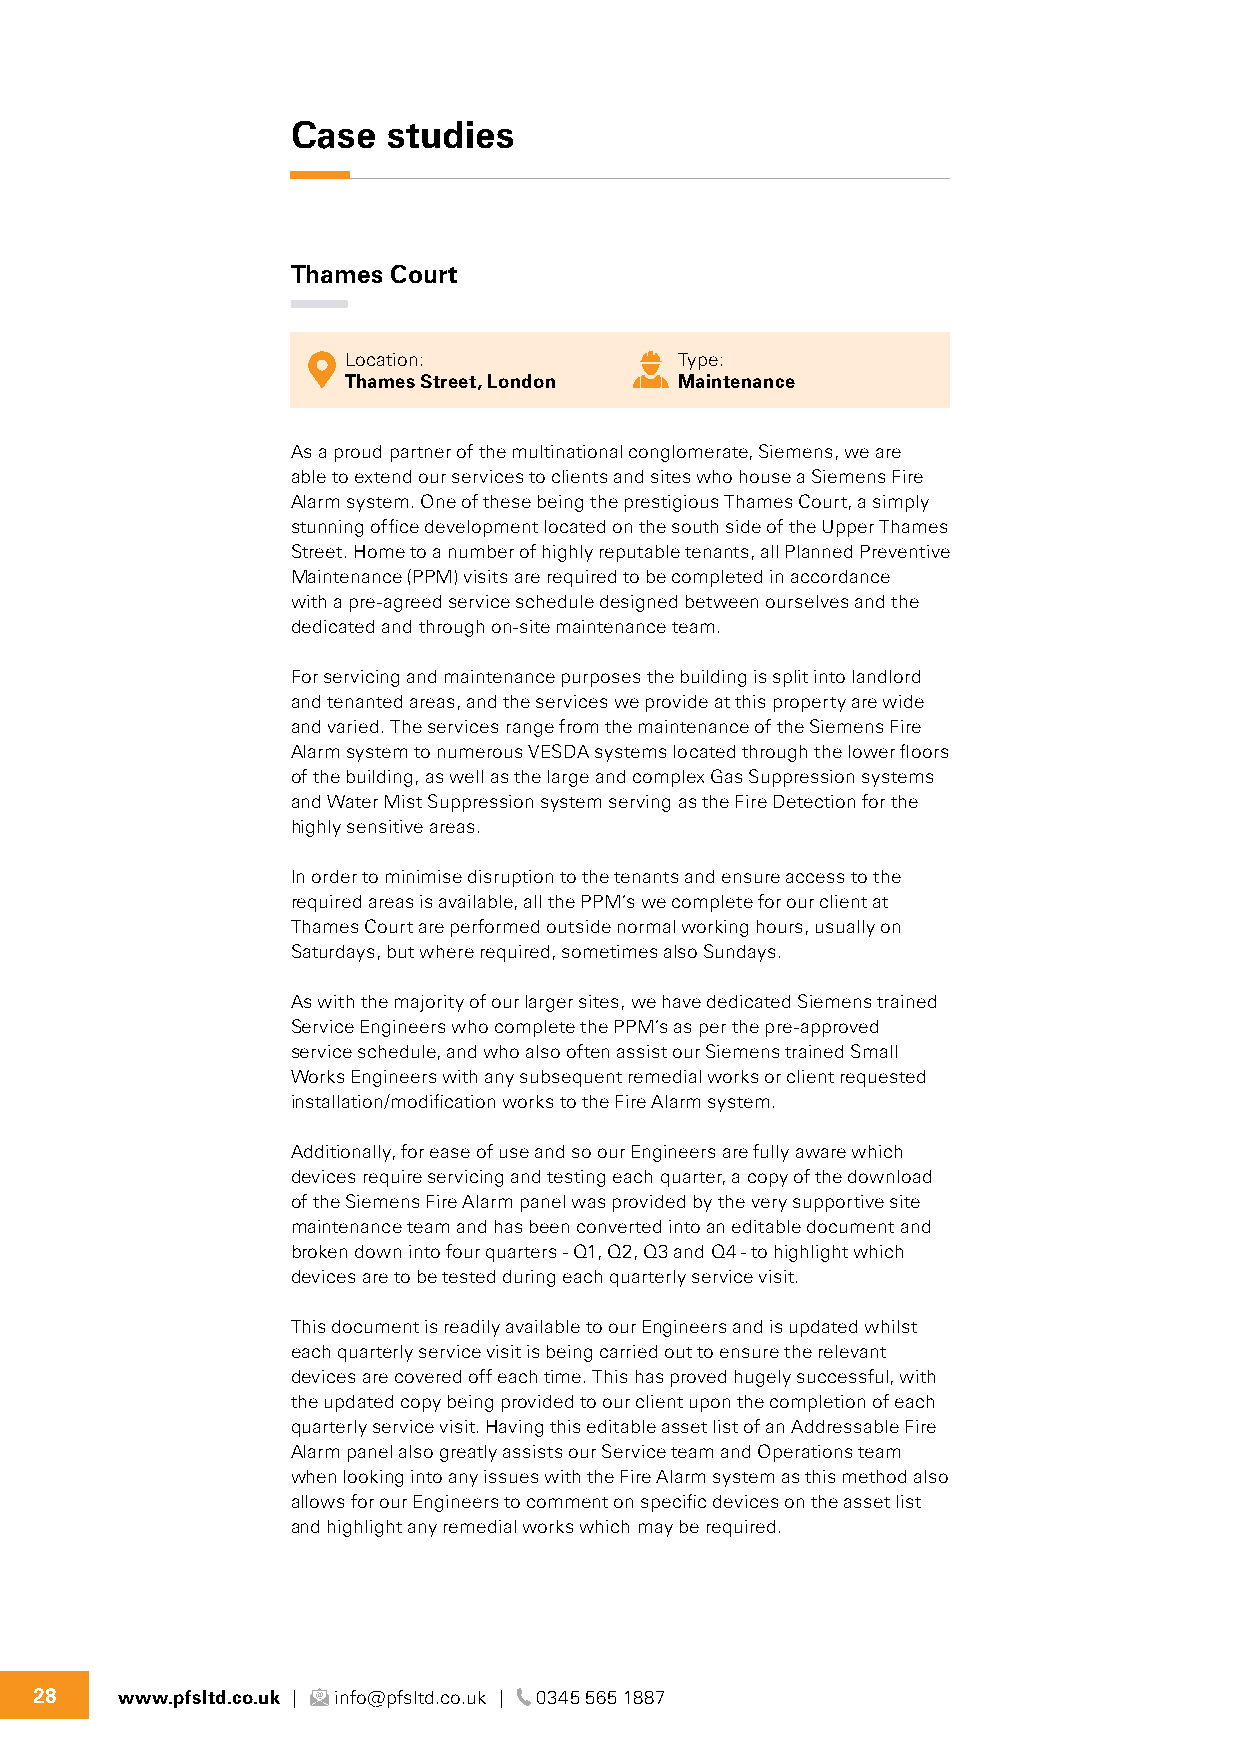
Case   studies
 Thames Court
 Location:             Type:
 Thames Street, London Maintenance
 As a proud partner of the multinational conglomerate, Siemens, we are
 able to extend our services to clients and sites who house a Siemens Fire
 Alarm system. One of these being the prestigious Thames Court, a simply
 stunning office development located on the south side of the Upper Thames
 Street. Home to a number of highly reputable tenants, all Planned Preventive
 Maintenance (PPM) visits are required to be completed in accordance
 with a pre-agreed service schedule designed between ourselves and the
 dedicated and through on-site maintenance team.
 For servicing and maintenance purposes the building is split into landlord
 and tenanted areas, and the services we provide at this property are wide
 and varied. The services range from the maintenance of the Siemens Fire
 Alarm system to numerous VESDA systems located through the lower floors
 of the building, as well as the large and complex Gas Suppression systems
 and Water Mist Suppression system serving as the Fire Detection for the
 highly sensitive areas.
 In order to minimise disruption to the tenants and ensure access to the
 required areas is available, all the PPM’s we complete for our client at
 Thames Court are performed outside normal working hours, usually on
 Saturdays, but where required, sometimes also Sundays.
 As with the majority of our larger sites, we have dedicated Siemens trained
 Service Engineers who complete the PPM’s as per the pre-approved
 service schedule, and who also often assist our Siemens trained Small
 Works Engineers with any subsequent remedial works or client requested
 installation/modification works to the Fire Alarm system.
 Additionally, for ease of use and so our Engineers are fully aware which
 devices require servicing and testing each quarter, a copy of the download
 of the Siemens Fire Alarm panel was provided by the very supportive site
 maintenance team and has been converted into an editable document and
 broken down into four quarters - Q1, Q2, Q3 and Q4 - to highlight which
 devices are to be tested during each quarterly service visit.
 This document is readily available to our Engineers and is updated whilst
 each quarterly service visit is being carried out to ensure the relevant
 devices are covered off each time. This has proved hugely successful, with
 the updated copy being provided to our client upon the completion of each
 quarterly service visit. Having this editable asset list of an Addressable Fire
 Alarm panel also greatly assists our Service team and Operations team
 when looking into any issues with the Fire Alarm system as this method also
 allows for our Engineers to comment on specific devices on the asset list
 and highlight any remedial works which may be required.
 28    www.pfsltd.co.uk | info@pfsltd.co.uk | 0345 565 1887